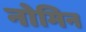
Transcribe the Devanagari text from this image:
नोमिन